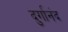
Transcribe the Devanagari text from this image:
दुर्गानंद